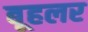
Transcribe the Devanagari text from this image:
बूहलर